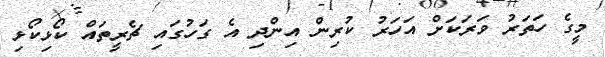
މީގެ ހަތަރު ވަރަކަށް އަހަރު ކުރިން އިންދި އެ ގަހުގައި ޗެރީތައް ކޯޅިކޯޅި